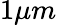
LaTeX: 1\mu m